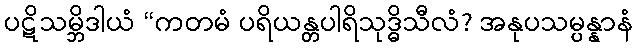
ပဋိသမ္ဘိဒါယံ “ကတမံ ပရိယန္တပါရိသုဒ္ဓိသီလံ? အနုပသမ္ပန္နာနံ